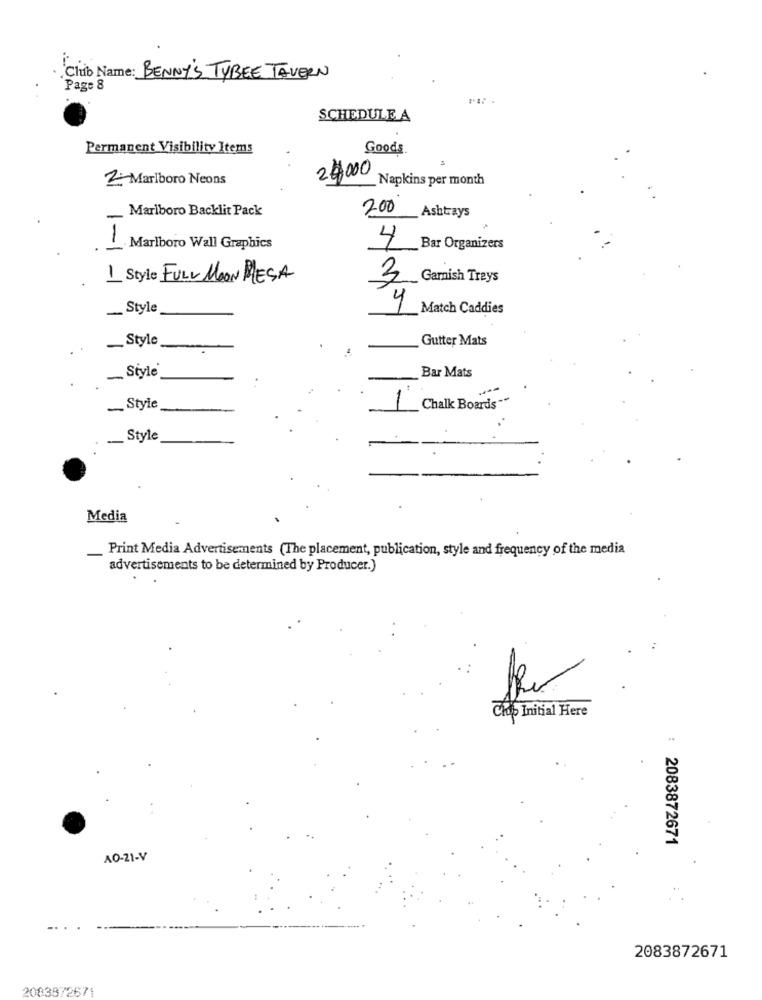
Club Name: BENNY'S TYBEE TAVERN
Page 8
SCHEDULE A
Permanent Visibility Items
Goods
24000
2 Marlboro Neons
Napkins per month
Marlboro Backlit Pack
200
Ashtrays
4
1-1
Marlboro Wall Graphics
Bar Organizers
1 Style FULL MOON MESA
3 Garnish Trays
-
_Style
4 Match Caddies
Style
Gutter Mats
Bar Mats
- Style
- Style
1 Chalk Boards
__ Style
Media
Print Media Advertisements (The placement, publication, style and frequency of the media
-
advertisements to be determined by Producer.)
Chois Initial Here
: 2083872671
AO-21-V
2083872671
2083872671